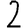
Digit: 2